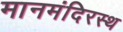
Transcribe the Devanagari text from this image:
मानमंदिरस्थ